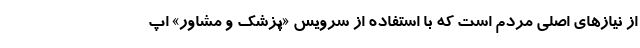
از نیازهای اصلی مردم است که با استفاده از سرویس «پزشک و مشاور» اپ